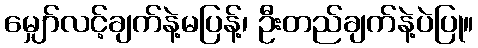
မျှော်လင့်ချက်နဲ့မပြန့်၊ ဦးတည်ချက်နဲ့ပဲပြု။